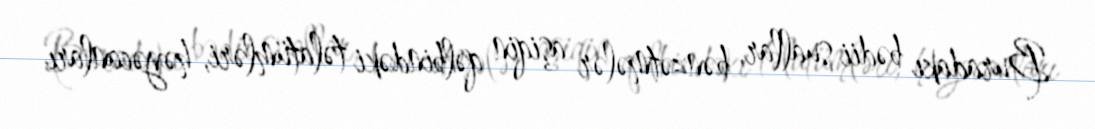
Buradakı bədii suallar, bənzətmələr aşiqin qəlbindəki təlatümləri, həyəcanları